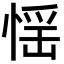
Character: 𢝾